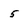
Character: 5